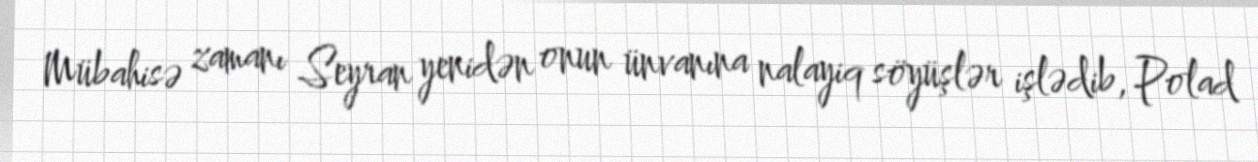
Mübahisə zamanı Seyran yenidən onun ünvanına nalayiq söyüşlər işlədib, Polad